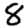
Digit: 8